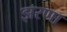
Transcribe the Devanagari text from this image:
झरणा